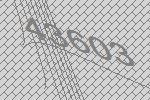
43603